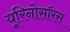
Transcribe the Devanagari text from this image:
यूरिनोसॉरस